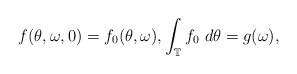
LaTeX: \begin{align*} f(\theta, \omega, 0) = f_0(\theta, \omega), \int_{\mathbb T} f_0 ~ d\theta = g(\omega), \end{align*}